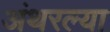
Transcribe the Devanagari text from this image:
अंथरल्या